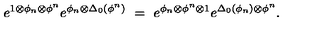
e ^ { 1 \otimes \phi _ { n } \otimes \phi ^ { n } } e ^ { \phi _ { n } \otimes \Delta _ { 0 } ( \phi ^ { n } ) } \ = \ e ^ { \phi _ { n } \otimes \phi ^ { n } \otimes 1 } e ^ { \Delta _ { 0 } ( \phi _ { n } ) \otimes \phi ^ { n } } .